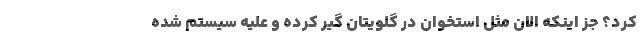
کرد؟ جز اینکه الان مثل استخوان در گلویتان گیر کرده و علیه سیستم شده